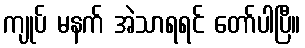
ကျုပ် မနက် အဲသာရရင် တော်ပါပြီ။